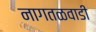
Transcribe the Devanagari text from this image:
नागतळवाडी